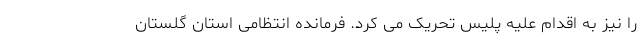
را نیز به اقدام علیه پلیس تحریک می کرد. فرمانده انتظامی استان گلستان